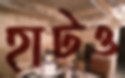
হাটও